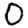
Digit: 0